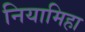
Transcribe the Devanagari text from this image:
नियामिहा